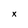
Character: x